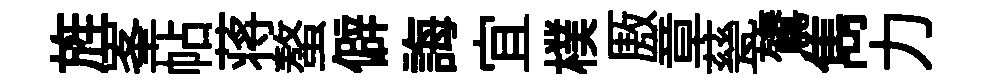
旌峯帖蒋螯僻誨宜樸厫章甆鷟雋力